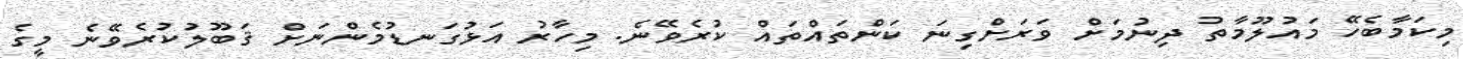
މިކަމާބެހޭ މައުލޫމާތު ދިނުމަށް ވަރަށްގިނަ ކަންތައްތައް ކުރެވޭނެ. މިހާރު އަޅުގަނޑުމެންނަށް ޤަބޫލުކުރެވޭނެ މީގެ